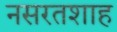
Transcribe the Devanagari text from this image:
नसरतशाह